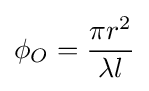
\phi _{O}={\frac {\pi r^{2}}{\lambda l}}